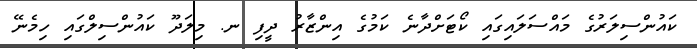
ކައުންސިލަރުގެ މައްސަލައިގައި ކޯޓަށްދާނެ ކަމުގެ އިންޒާރު ދީފި ނ. މިލަދޫ ކައުންސިލްގައި ހިމެނޭ